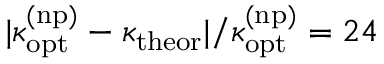
| \kappa _ { \mathrm { o p t } } ^ { \mathrm { ( n p ) } } - \kappa _ { \mathrm { t h e o r } } | / \kappa _ { \mathrm { o p t } } ^ { \mathrm { ( n p ) } } = 2 4 \